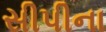
સીપીના